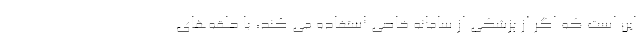
این است که اگر از پزشکی از سامانه خاصی استفاده می کند، با حلقه‌های